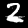
Label: 2